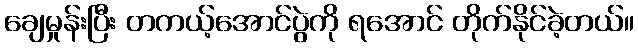
ချေမှုန်းပြီး တကယ့်အောင်ပွဲကို ရအောင် တိုက်နိုင်ခဲ့တယ်။